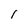
Character: 1